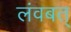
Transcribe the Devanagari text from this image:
लंवबत्‌